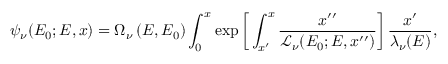
\psi _ { \nu } ( E _ { 0 } ; E , x ) = \Omega _ { \nu } \left( E , E _ { 0 } \right) \int _ { 0 } ^ { x } \exp \left[ \, \int _ { x ^ { \prime } } ^ { x } \frac { \d x ^ { \prime \prime } } { \mathcal { L } _ { \nu } ( E _ { 0 } ; E , x ^ { \prime \prime } ) } \right] \frac { \d x ^ { \prime } } { \lambda _ { \nu } ( E ) } ,